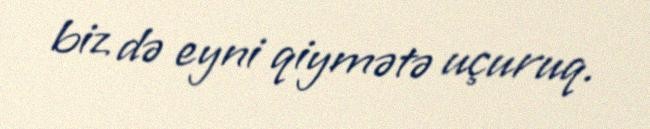
biz də eyni qiymətə uçuruq.